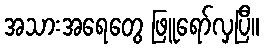
အသားအရေတွေ ဖြူရော်လှပြီ။